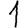
Digit: 1